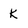
Character: k